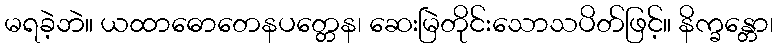
မရခဲ့ဘဲ။ ယထာဓောတေနပတ္တေန၊ ဆေးမြဲတိုင်းသောသပိတ်ဖြင့်။ နိက္ခန္တော၊